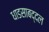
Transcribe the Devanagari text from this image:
धाडसाबद्दल